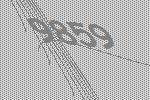
9859